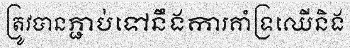
ត្រូវបានភ្ជាប់ទៅនឹងការគាំទ្រឈើនិង